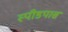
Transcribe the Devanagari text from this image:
स्पीडपास